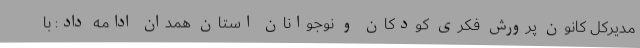
مدیرکل کانون پرورش فکری کودکان و نوجوانان استان همدان ادامه داد: با